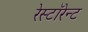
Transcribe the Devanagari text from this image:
रेस्टॉरेन्ट